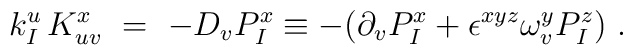
k^u_I\,K_{uv}^x \ = \  -D_v P_{I}^x \equiv- (\partial_v P_{I}^x+ \epsilon^{xyz} \omega_{v}^y P_I^z)\ .